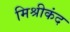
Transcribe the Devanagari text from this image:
मिश्रीकंद